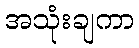
အသုံးချကာ